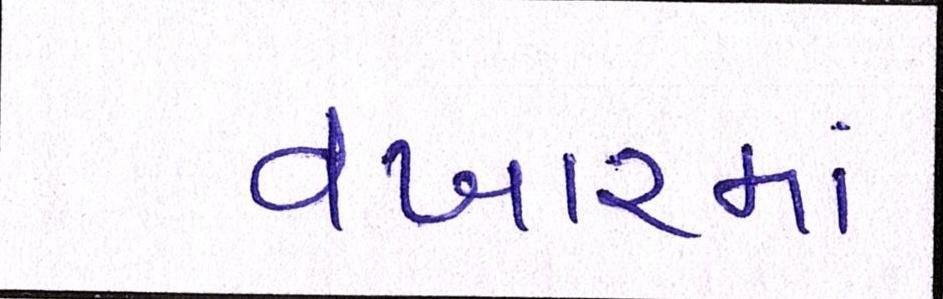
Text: વખારમાં